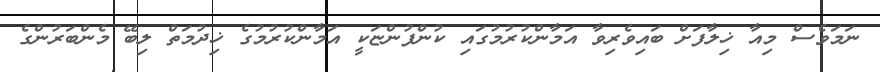
ނަމަވެސް މިއާ ޚިލާފަށް ބައިވެރިވާ އަމާންކުރުމުގައި ކުންފުންޏަކީ އަމާންކުރުމުގެ ޚިދުމަތް ލިބޭ މެންބަރުންގެ